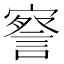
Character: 𭔙